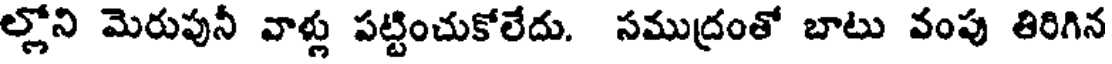
ల్లోని మెరుపునీ వాళ్లు పట్టించుకోలేదు. సముద్రంతో బాటు వంపు తిరిగిన